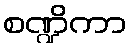
စဏ္ဍိကာ